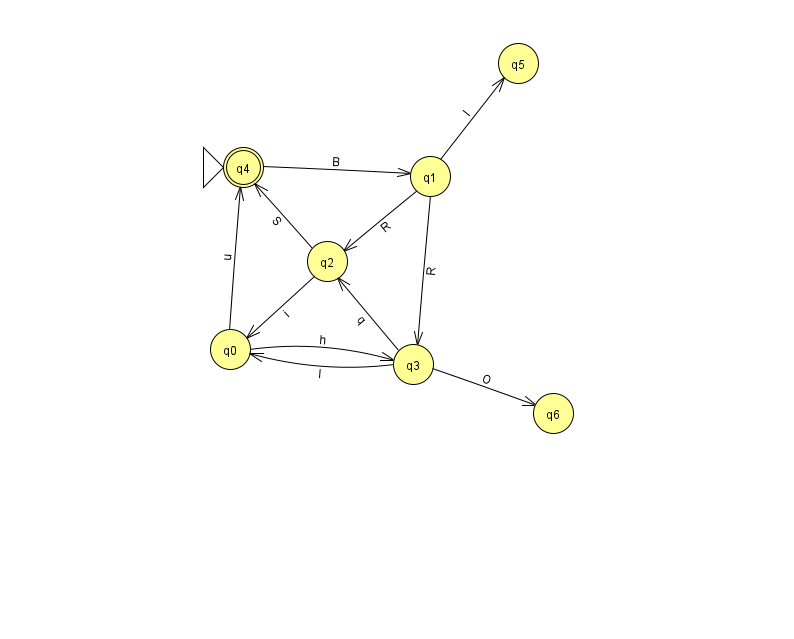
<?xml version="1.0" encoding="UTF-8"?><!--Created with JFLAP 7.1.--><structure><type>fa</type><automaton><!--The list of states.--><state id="0" name="q0"><x>230.0</x><y>336.0</y></state><state id="1" name="q1"><x>430.0</x><y>163.0</y></state><state id="2" name="q2"><x>327.0</x><y>248.0</y></state><state id="3" name="q3"><x>413.0</x><y>351.0</y></state><state id="4" name="q4"><x>243.0</x><y>154.0</y><initial/><final/></state><state id="5" name="q5"><x>518.0</x><y>50.0</y></state><state id="6" name="q6"><x>553.0</x><y>400.0</y></state><!--The list of transitions.--><transition><from>1</from><to>5</to><read>I</read></transition><transition><from>2</from><to>0</to><read>i</read></transition><transition><from>2</from><to>4</to><read>S</read></transition><transition><from>3</from><to>0</to><read>l</read></transition><transition><from>3</from><to>6</to><read>O</read></transition><transition><from>0</from><to>3</to><read>h</read></transition><transition><from>3</from><to>2</to><read>q</read></transition><transition><from>1</from><to>3</to><read>R</read></transition><transition><from>4</from><to>1</to><read>B</read></transition><transition><from>1</from><to>2</to><read>R</read></transition><transition><from>0</from><to>4</to><read>u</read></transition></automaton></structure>